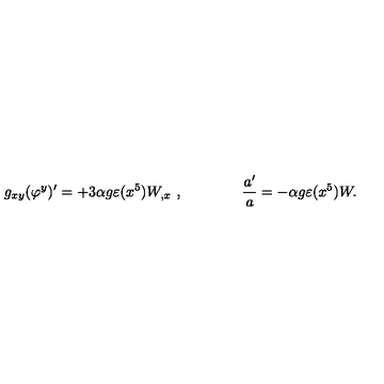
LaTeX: g _ { x y } ( \varphi ^ { y } ) ^ { \prime } = + 3 \alpha g \varepsilon ( x ^ { 5 } ) W _ { , x } \ , \qquad \qquad { \frac { a ^ { \prime } } { a } } = - \alpha g \varepsilon ( x ^ { 5 } ) W .